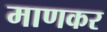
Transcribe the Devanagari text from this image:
माणकर